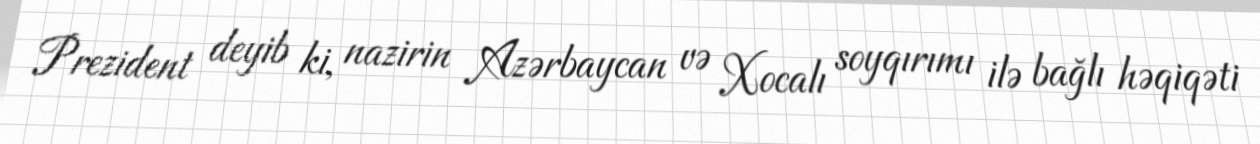
Prezident deyib ki, nazirin Azərbaycan və Xocalı soyqırımı ilə bağlı həqiqəti